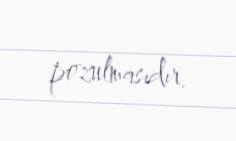
pozulmasıdır.